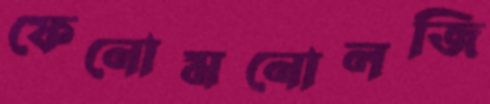
ফেনোমনোলজি